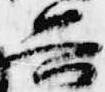
興